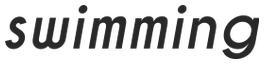
swimming